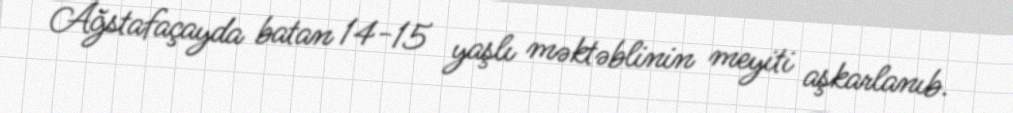
Ağstafaçayda batan 14-15 yaşlı məktəblinin meyiti aşkarlanıb.